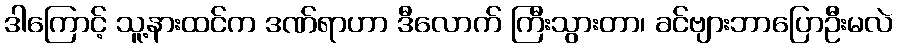
ဒါကြောင့် သူ့နားထင်က ဒဏ်ရာဟာ ဒီလောက် ကြီးသွားတာ၊ ခင်ဗျားဘာပြောဦးမလဲ